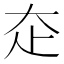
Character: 𡗱